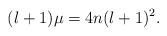
LaTeX: \begin{align*} (l+1)\mu=4n(l+1)^{2}. \end{align*}